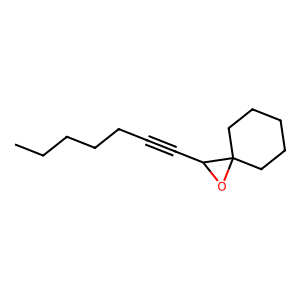
SMILES: CCCCCC#CC1OC12CCCCC2
Inhibits HIV replication: No